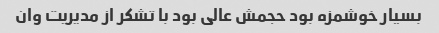
بسیار خوشمزه بود حجمش عالی بود با تشکر از مدیریت وان